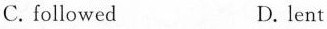
C. followed D. lent